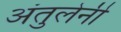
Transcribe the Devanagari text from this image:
अंतुलेनी